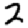
Digit: 2